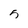
Character: 5